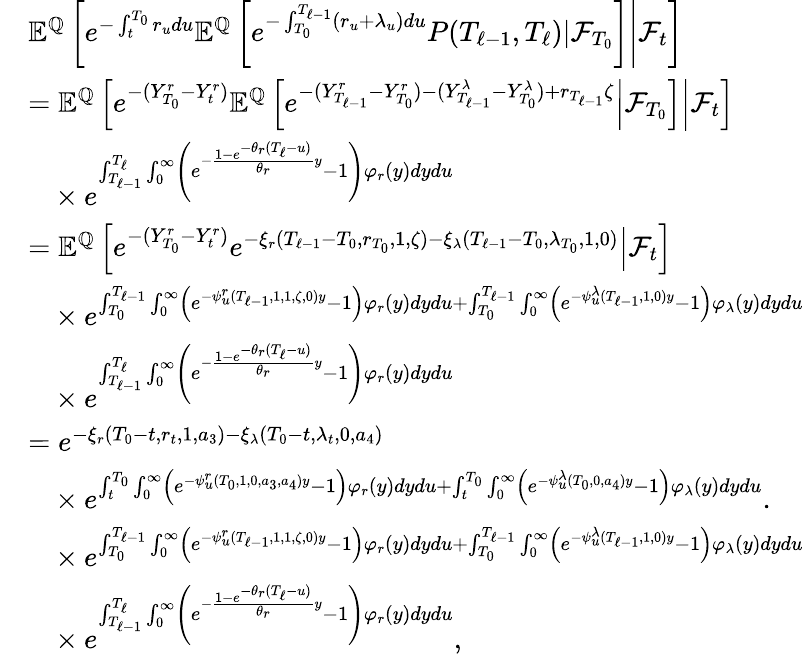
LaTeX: \begin{array}{rl}&{{\mathbb E}^{{\mathbb Q}}\left[\left.e^{-\int_{t}^{T_{0}}r_{u}du}{\mathbb E}^{{\mathbb Q}}\left[e^{-\int_{T_{0}}^{T_{\ell-1}}(r_{u}+\lambda_{u})du}P(T_{\ell-1},T_{\ell})|{\mathcal F}_{T_{0}}\right]\right\rvert{\mathcal F}_{t}\right]}\\ &{={\mathbb E}^{{\mathbb Q}}\left[\left.e^{-(Y_{T_{0}}^{r}-Y_{t}^{r})}{\mathbb E}^{\mathbb Q}\left[\left.e^{-(Y_{T_{\ell-1}}^{r}-Y_{T_{0}}^{r})-(Y_{T_{\ell-1}}^{\lambda}-Y_{T_{0}}^{\lambda})+r_{T_{\ell-1}}\zeta}\right\rvert{\mathcal F}_{T_{0}}\right]\right\rvert{\mathcal F}_{t}\right]}\\ &{\ \ \ \times e^{\int_{T_{\ell-1}}^{T_{\ell}}\int_{0}^{\infty}\left(e^{-\frac{1-e^{-\theta_{r}(T_{\ell}-u)}}{\theta_{r}}y}-1\right)\varphi_{r}(y)dydu}}\\ &{={\mathbb E}^{{\mathbb Q}}\left[\left.e^{-(Y_{T_{0}}^{r}-Y_{t}^{r})}e^{-\xi_{r}(T_{\ell-1}-T_{0},r_{T_{0}},1,\zeta)-\xi_{\lambda}(T_{\ell-1}-T_{0},\lambda_{T_{0}},1,0)}\right\rvert{\mathcal F}_{t}\right]}\\ &{\ \ \ \times e^{\int_{T_{0}}^{T_{\ell-1}}\int_{0}^{\infty}\left(e^{-\psi_{u}^{r}(T_{\ell-1},1,1,\zeta,0)y}-1\right)\varphi_{r}(y)dydu+\int_{T_{0}}^{T_{\ell-1}}\int_{0}^{\infty}\left(e^{-\psi_{u}^{\lambda}(T_{\ell-1},1,0)y}-1\right)\varphi_{\lambda}(y)dydu}}\\ &{\ \ \ \times e^{\int_{T_{\ell-1}}^{T_{\ell}}\int_{0}^{\infty}\left(e^{-\frac{1-e^{-\theta_{r}(T_{\ell}-u)}}{\theta_{r}}y}-1\right)\varphi_{r}(y)dydu}}\\ &{=e^{-\xi_{r}(T_{0}-t,r_{t},1,a_{3})-\xi_{\lambda}(T_{0}-t,\lambda_{t},0,a_{4})}}\\ &{\ \ \ \times e^{\int_{t}^{T_{0}}\int_{0}^{\infty}\left(e^{-\psi_{u}^{r}(T_{0},1,0,a_{3},a_{4})y}-1\right)\varphi_{r}(y)dydu+\int_{t}^{T_{0}}\int_{0}^{\infty}\left(e^{-\psi_{u}^{\lambda}(T_{0},0,a_{4})y}-1\right)\varphi_{\lambda}(y)dydu}.}\\ &{\ \ \ \times e^{\int_{T_{0}}^{T_{\ell-1}}\int_{0}^{\infty}\left(e^{-\psi_{u}^{r}(T_{\ell-1},1,1,\zeta,0)y}-1\right)\varphi_{r}(y)dydu+\int_{T_{0}}^{T_{\ell-1}}\int_{0}^{\infty}\left(e^{-\psi_{u}^{\lambda}(T_{\ell-1},1,0)y}-1\right)\varphi_{\lambda}(y)dydu}}\\ &{\ \ \ \times e^{\int_{T_{\ell-1}}^{T_{\ell}}\int_{0}^{\infty}\left(e^{-\frac{1-e^{-\theta_{r}(T_{\ell}-u)}}{\theta_{r}}y}-1\right)\varphi_{r}(y)dydu},}\end{array}